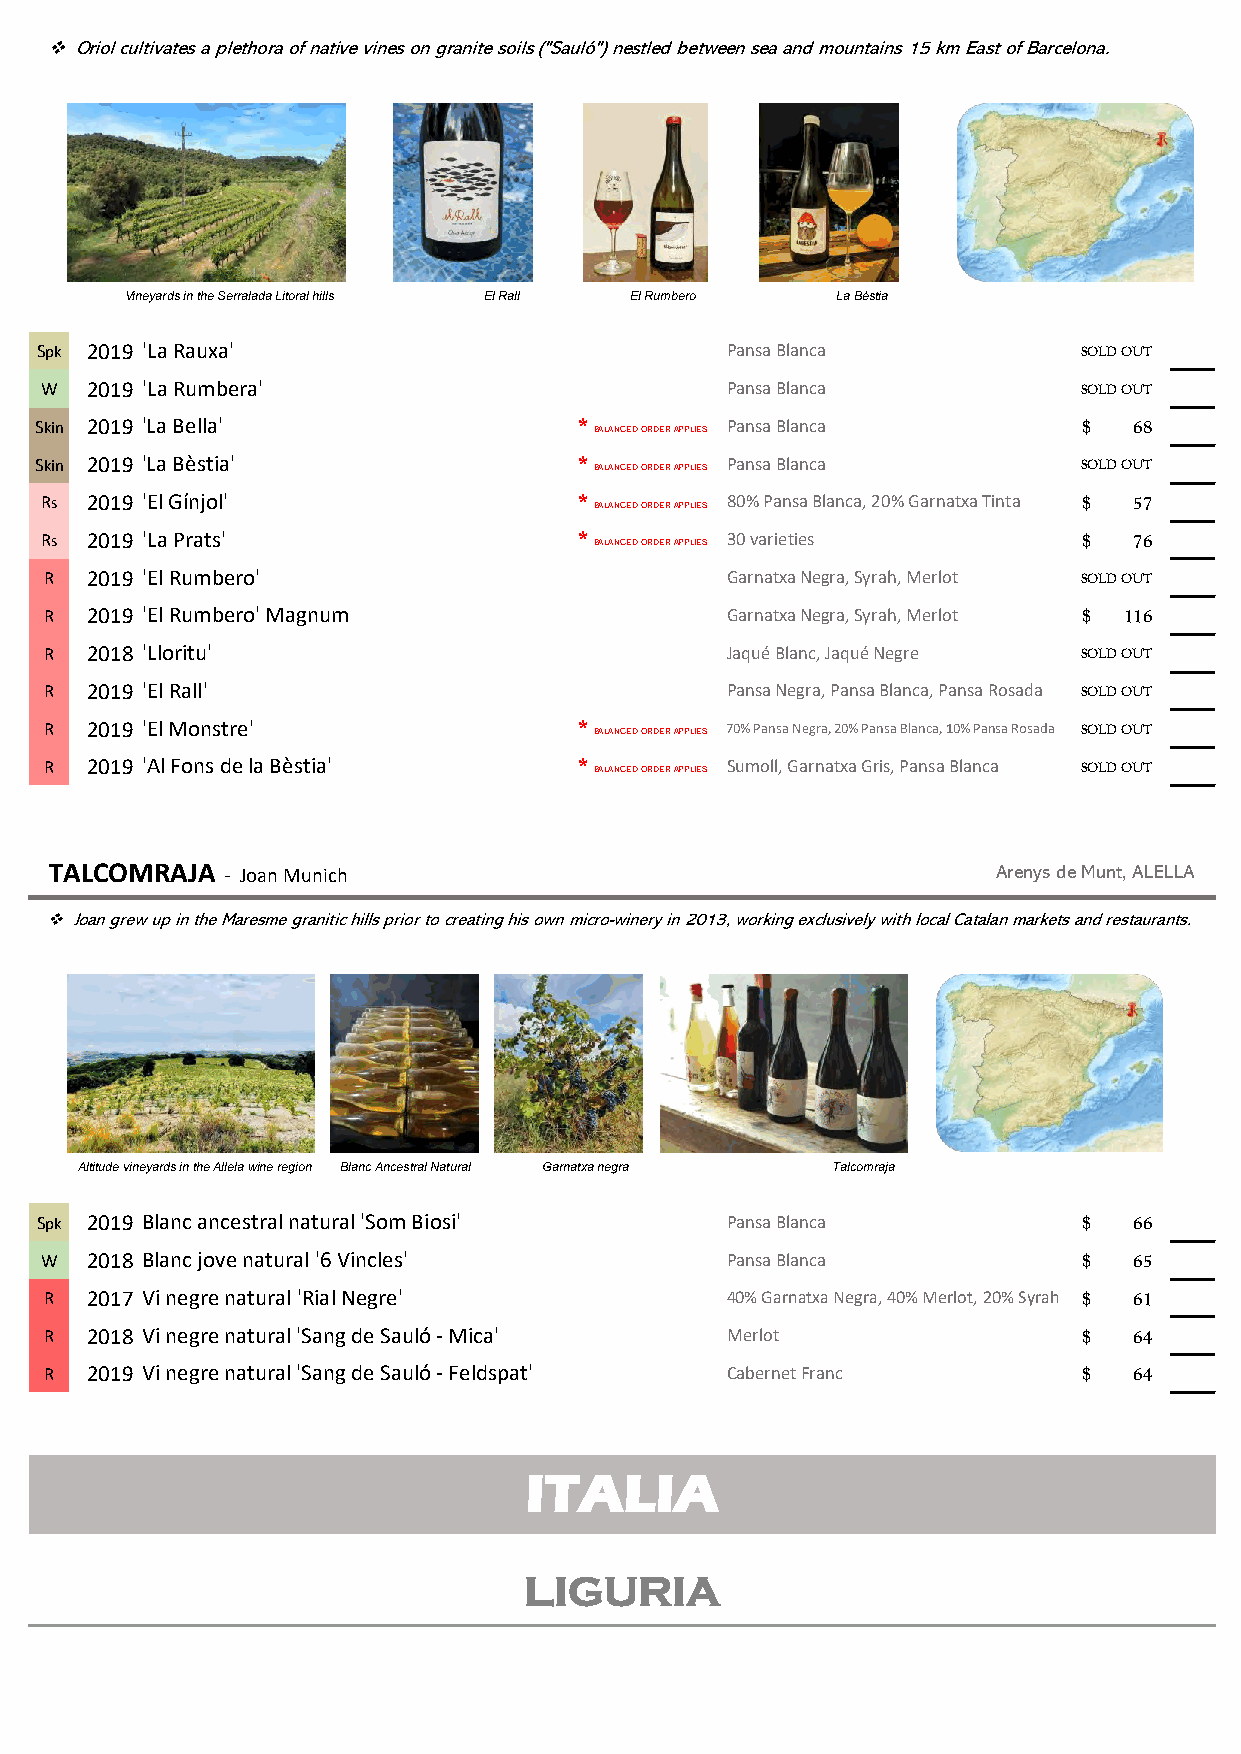
❖ Oriol cultivates a plethora of native vines on granite soils ("Sauló") nestled between sea and mountains 15 km East of Barcelona.
 Vineyards in the Serralada Litoral hills El Rall El Rumbero La Bèstia
 Spk 2019 'La Rauxa'                           Pansa Blanca           SOLD OUT
 W  2019 'La Rumbera'                         Pansa Blanca           SOLD OUT
 Skin 2019 'La Bella'                *
 BALANCEDORDERAPPLIES
 Pansa Blanca            $  68
 Skin 2019 'La Bèstia'               * BALANCEDORDERAPPLIES Pansa Blanca SOLD OUT
 Rs 2019 'El Gínjol'                *
 BALANCEDORDERAPPLIES
 80% Pansa Blanca, 20% Garnatxa Tinta $ 57
 Rs 2019 'La Prats'                 *
 BALANCEDORDERAPPLIES
 30 varieties            $  76
 R  2019 'El Rumbero'                         Garnatxa Negra, Syrah, Merlot SOLD OUT
 R  2019 'El Rumbero' Magnum                  Garnatxa Negra, Syrah, Merlot $ 116
 R  2018 'Lloritu'                            Jaqué Blanc, Jaqué Negre SOLD OUT
 R  2019 'El Rall'                            Pansa Negra, Pansa Blanca, Pansa Rosada SOLD OUT
 R  2019 'El Monstre'               * BALANCEDORDERAPPLIES 70% Pansa Negra, 20% Pansa Blanca, 10% Pansa Rosada SOLD OUT
 R  2019 'Al Fons de la Bèstia'     * BALANCEDORDERAPPLIES Sumoll, Garnatxa Gris, Pansa Blanca SOLD OUT
 TALCOMRAJA  - Joan Munich                                      Arenys de Munt, ALELLA
 ❖ Joan grew up in the Maresme granitic hills prior to creating his own micro-winery in 2013, working exclusively with local Catalan markets and restaurants.
 Altitude vineyards in the Allela wine region Blanc Ancestral Natural Garnatxa negra Talcomraja
 Spk 2019 Blanc ancestral natural 'Som Biosi'  Pansa Blanca            $  66
 W  2018 Blanc jove natural '6 Vincles'       Pansa Blanca            $  65
 R  2017 Vi negre natural 'Rial Negre'        40% Garnatxa Negra, 40% Merlot, 20% Syrah $ 61
 R  2018 Vi negre natural 'Sang de Sauló - Mica' Merlot               $  64
 R  2019 Vi negre natural 'Sang de Sauló - Feldspat' Cabernet Franc   $  64
 ITALIA
 LIGURIA